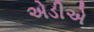
એડીએ